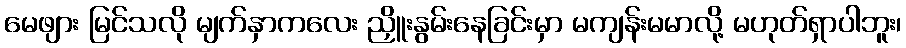
မေဖျား မြင်သလို မျက်နှာကလေး ညှိူးနွမ်းနေခြင်းမှာ မကျန်းမမာလို့ မဟုတ်ရှာပါဘူး၊